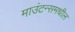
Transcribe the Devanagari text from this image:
माउंटन्समधील